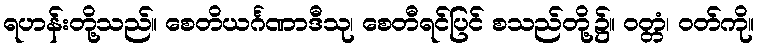
ရဟန်းတို့သည်။ စေတိယင်္ဂဏာဒီသု၊ စေတီရင်ပြင် စသည်တို့၌။ ဝတ္တံ၊ ဝတ်ကို။